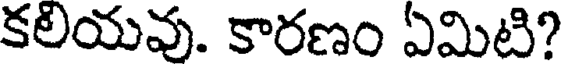
కలియవు. కారణం ఏమిటి?